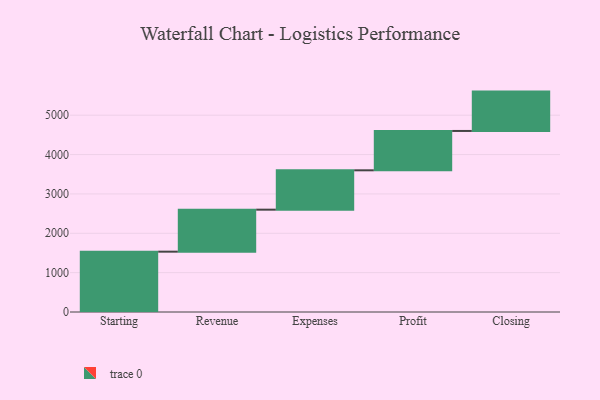
{"axis": {"x": "Step", "y": "Value"}, "legend": [""], "data": [{"x": "Starting", "y": 1533.0, "type": ""}, {"x": "Revenue", "y": 1067.0, "type": ""}, {"x": "Expenses", "y": 1000, "type": ""}, {"x": "Profit", "y": 1000, "type": ""}, {"x": "Closing", "y": 1000, "type": ""}]}